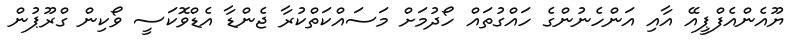
ޔޫއެންއެފްޕީއޭ އާއި އަންހެނުންގެ ހައްގުތައް ހޯދުމަށް މަސައްކަތްކުރާ ޖެންޑާ އެޑްވޮކަސީ ވޯކިން ގްރޫޕުން